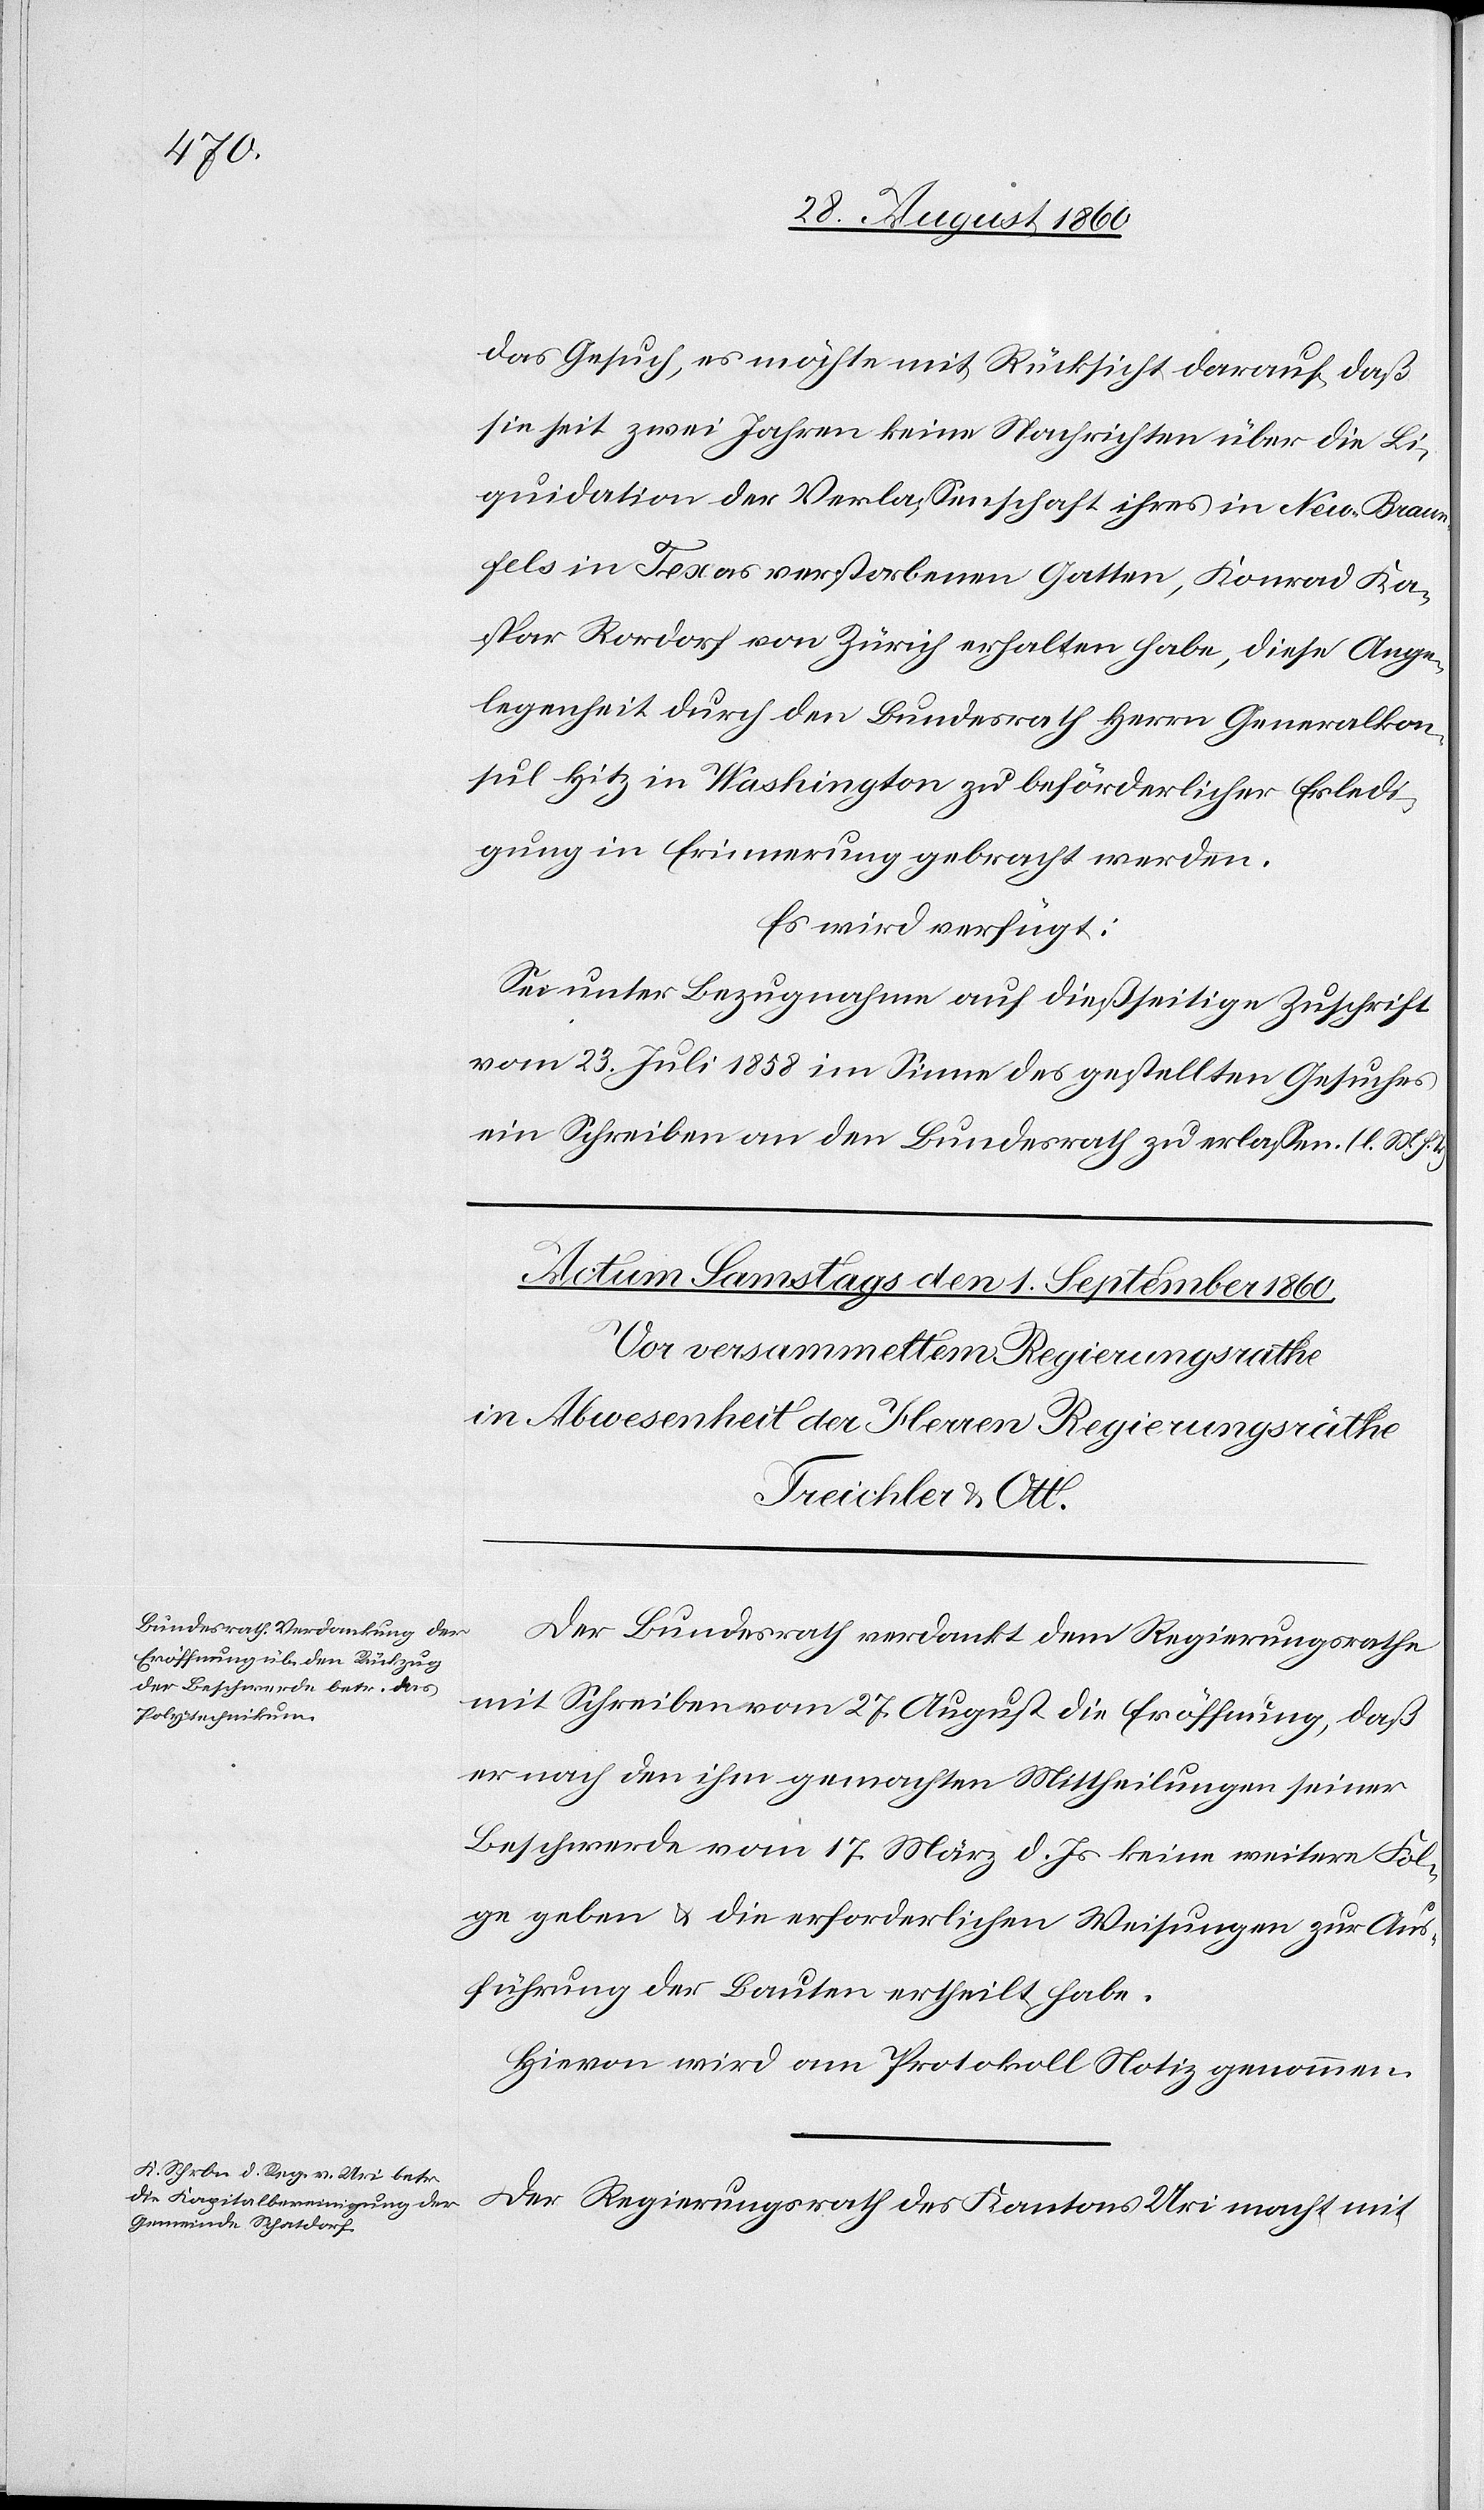
Gesuch, es möchte mit Rücksicht darauf, dass
sie seit zwei Jahren keine Nachrichten über die Li¬
quidation der Verlassenschaft ihres in New-Braun¬
fels in Texas verstorbenen Gatten, Konrad Ka¬
spar Rordorf von Zürich, erhalten habe, diese Ange¬
legenheit durch den Bundesrath Herrn Generalkon¬
sul Hitz in Washington zu beförderlicher Erledi¬
gung in Erinnerung gebracht werden.
Es wird verfügt:
Sei unter Bezugnahme auf diesseitige Zuschrift
vom 23. Juli 1858 im Sinne des gestellten Gesuches
ein Schreiben an den Bundesrath zu erlassen. (l. M. h.
Der Bundesrath verdankt dem Regierungsrathe
mit Schrieben vom 27. August die Eröffnung, dass
er nach den ihm gemachten Mitheilungen seiner
Beschwerde vom 17. März d. Js. keine weitere Fol¬
ge geben u. die erforderlichen Weisungen zur Aus¬
führung der Bauten ertheilt habe.
Hievon wird am Protokoll Notiz genommen.
Der Regierungsrath des Kantons Uri macht mit